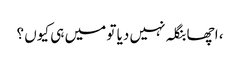
، اچھا بنگلہ نہیں دیا تو میں ہی کیوں ؟